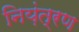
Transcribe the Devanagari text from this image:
निय़ंत्रण